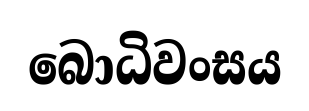
බොධිවංසය